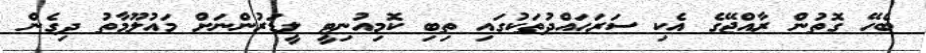
ބެހޭ ގޮތުން ރާއްޖޭގެ އެކި ސަރަހައްދުތަކުގައި ތިބި ކޮމިއުނިޓީ ލީޑަރުންނަށް މައުލޫމާތު ދިގެން